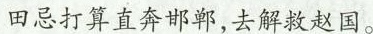
田忌打算直奔邯郸，去解救赵国。